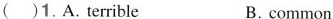
( )1. A.Ternble B.common